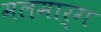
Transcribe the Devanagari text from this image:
मलमार्ग